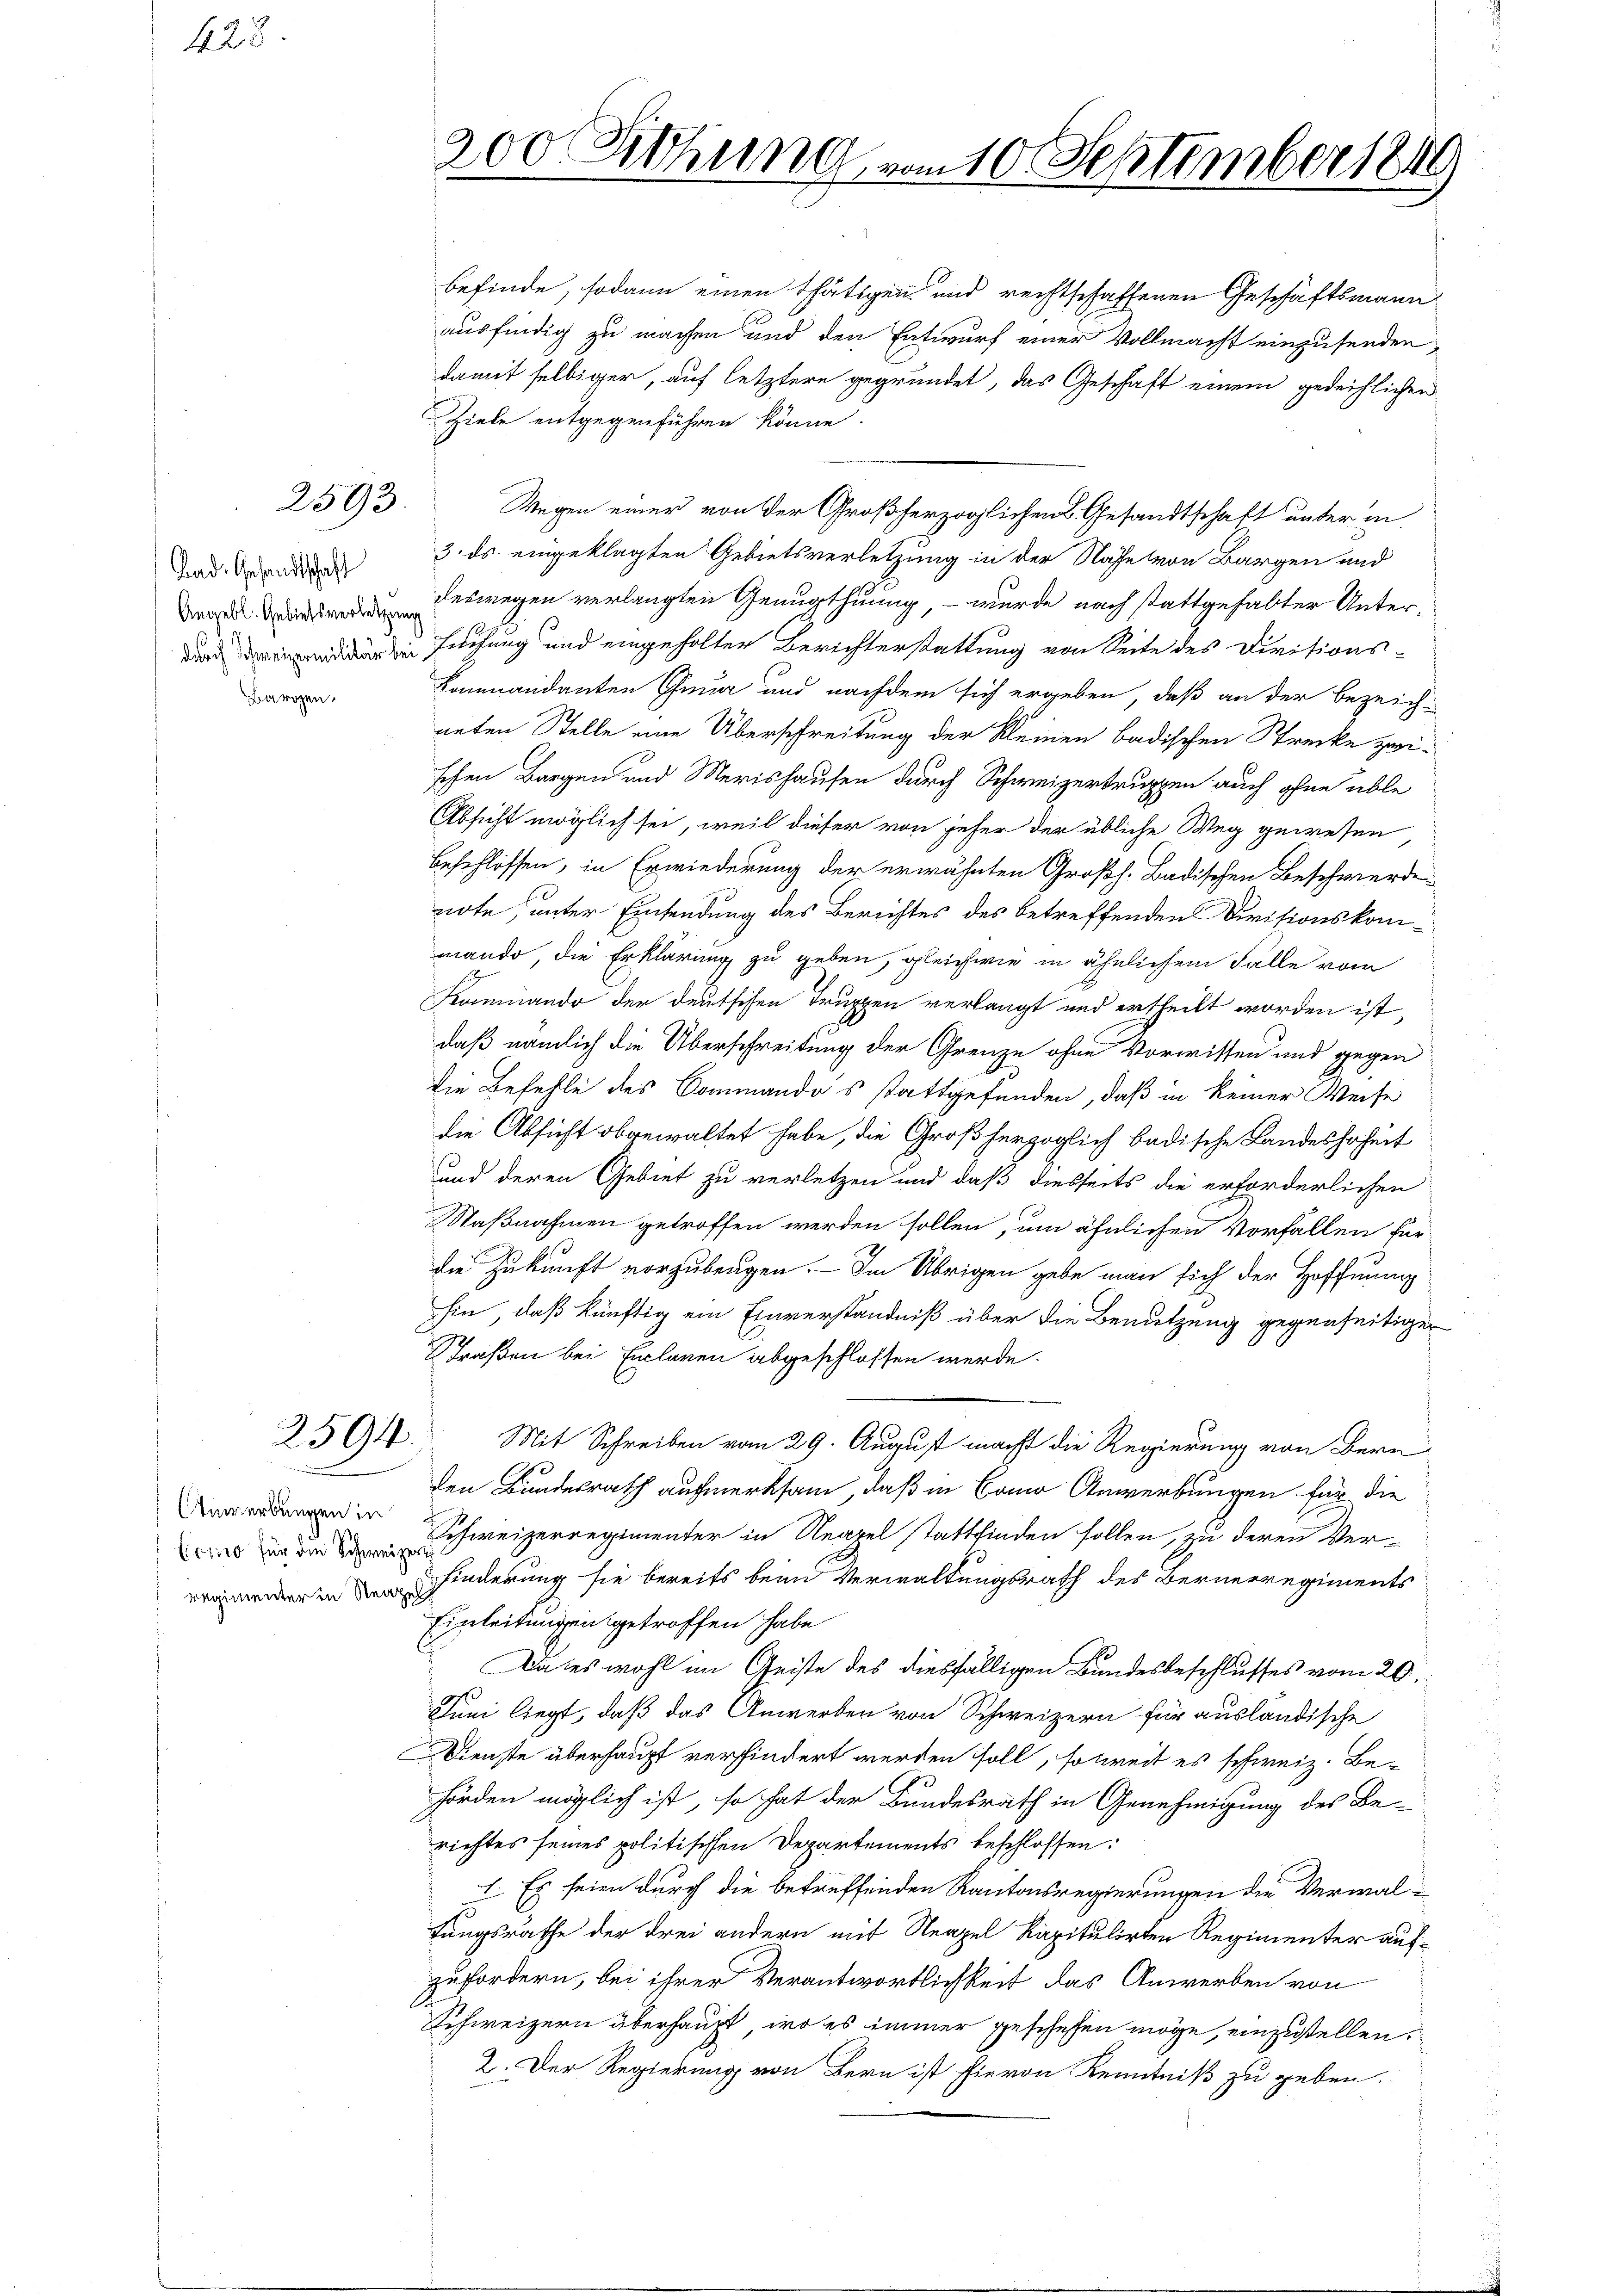
428

2593.

Bargen.

2594.

Inwerbungen in

befinde, sodann einen thätigen und rechtschaffenen Geschäftsmann
ausfindig zu machen und den Entwurf einer Vollmacht einzusenden,
damit selbiger, auf letztere gegründet, das Geschaft einem gedeihlichen
Ziele entgegenführen könne.
Wegen einer von der Großherzoglichen Gesandtschaft unter in
ad. Bunden 3. ds. eingeklagten Gebietsverletzung in der Nähe von Bargen und
eswegen verlangten Genugthuung, – wurde nach stattgehalter Unter¬
 suchung und eingeholter Berichterstattung von Seite des Divisions-
Kommandanten Ghnua und nachdem sich ergeben, daß an der bezeich-
neten Stelle eine Überschreitung der Kleinen badischen Strecke zwischen Bargen und Merishausen durch Schweizertruppen auch ohne üble
Absicht möglich sei, weil dieser von jeher der übliche Weg gewesen
beschlossen, in Erwiederung der erwähnten Großh. Badischen Beschwerde
note, unter Einsendung des Berichtes des betreffenden Divisionskommando, die Erklärung zu geben, gleichwie in ähnlichen Fälle vom
Kommando der deutschen Truppen verlangt und ertheilt worden ist,
daß nämlich die Überschreitung der Grenze ohne Vorwissen und gegen
die Befehle des Commandos stattgefunden, daß in keiner Weise
die Absicht obgewaltet habe, die Großherzoglich badische Landeshoheit
und deren Gebiet zu verletzen und daß diesseits die erforderlichen
Saßnahmen getroffen werden sollen, um ähnlichen Vorfällen fürdie Zukunft vorzubeugen. — Im Übrigen gebe man sich der Hoffnung
hin, daß künftig ein Einverständniß über die Benutzung gegenseitiger
Straßen bei Enclaren abgeschlossen werde.
Mit Schreiben vom 29. August macht die Regierung von Bern
den Bundesrath aufmerksam, daß in Como Anwerbungen für die
 a der Schweizerregimenter in Neapel stattfinden sollen, zu deren Verer in hinderung sie bereits beim Verwaltungsrath des Bernerregiments
Einleitungen getroffen habe
Da es wohl im Geiste des diesfälligen Bundesbeschlusses vom 20.
Juni liegt, daß das Anwerben von Schweizern für ausländische
Dienste überhaupt verhindert werden soll, soweit es schweiz. Behörden möglich ist, so hat der Bundesrath in Genehmigung des Be
richtes seines politischen Departements beschlossen:
 Es seien durch die betreffenden Kantonsregierungen die Verwaltungsrathe der drei andern mit Neapel Kapitulirten Regimenter aufzufordern, bei ihrer Verantwortlichkeit das Anwerben von
Schweizern überhaupt, wo es immer geschehen möge, einzustellen,
2. Der Regierung von Bern ist hievon Kenntniß zu geben.

200 Rthung vom 10. September 1849